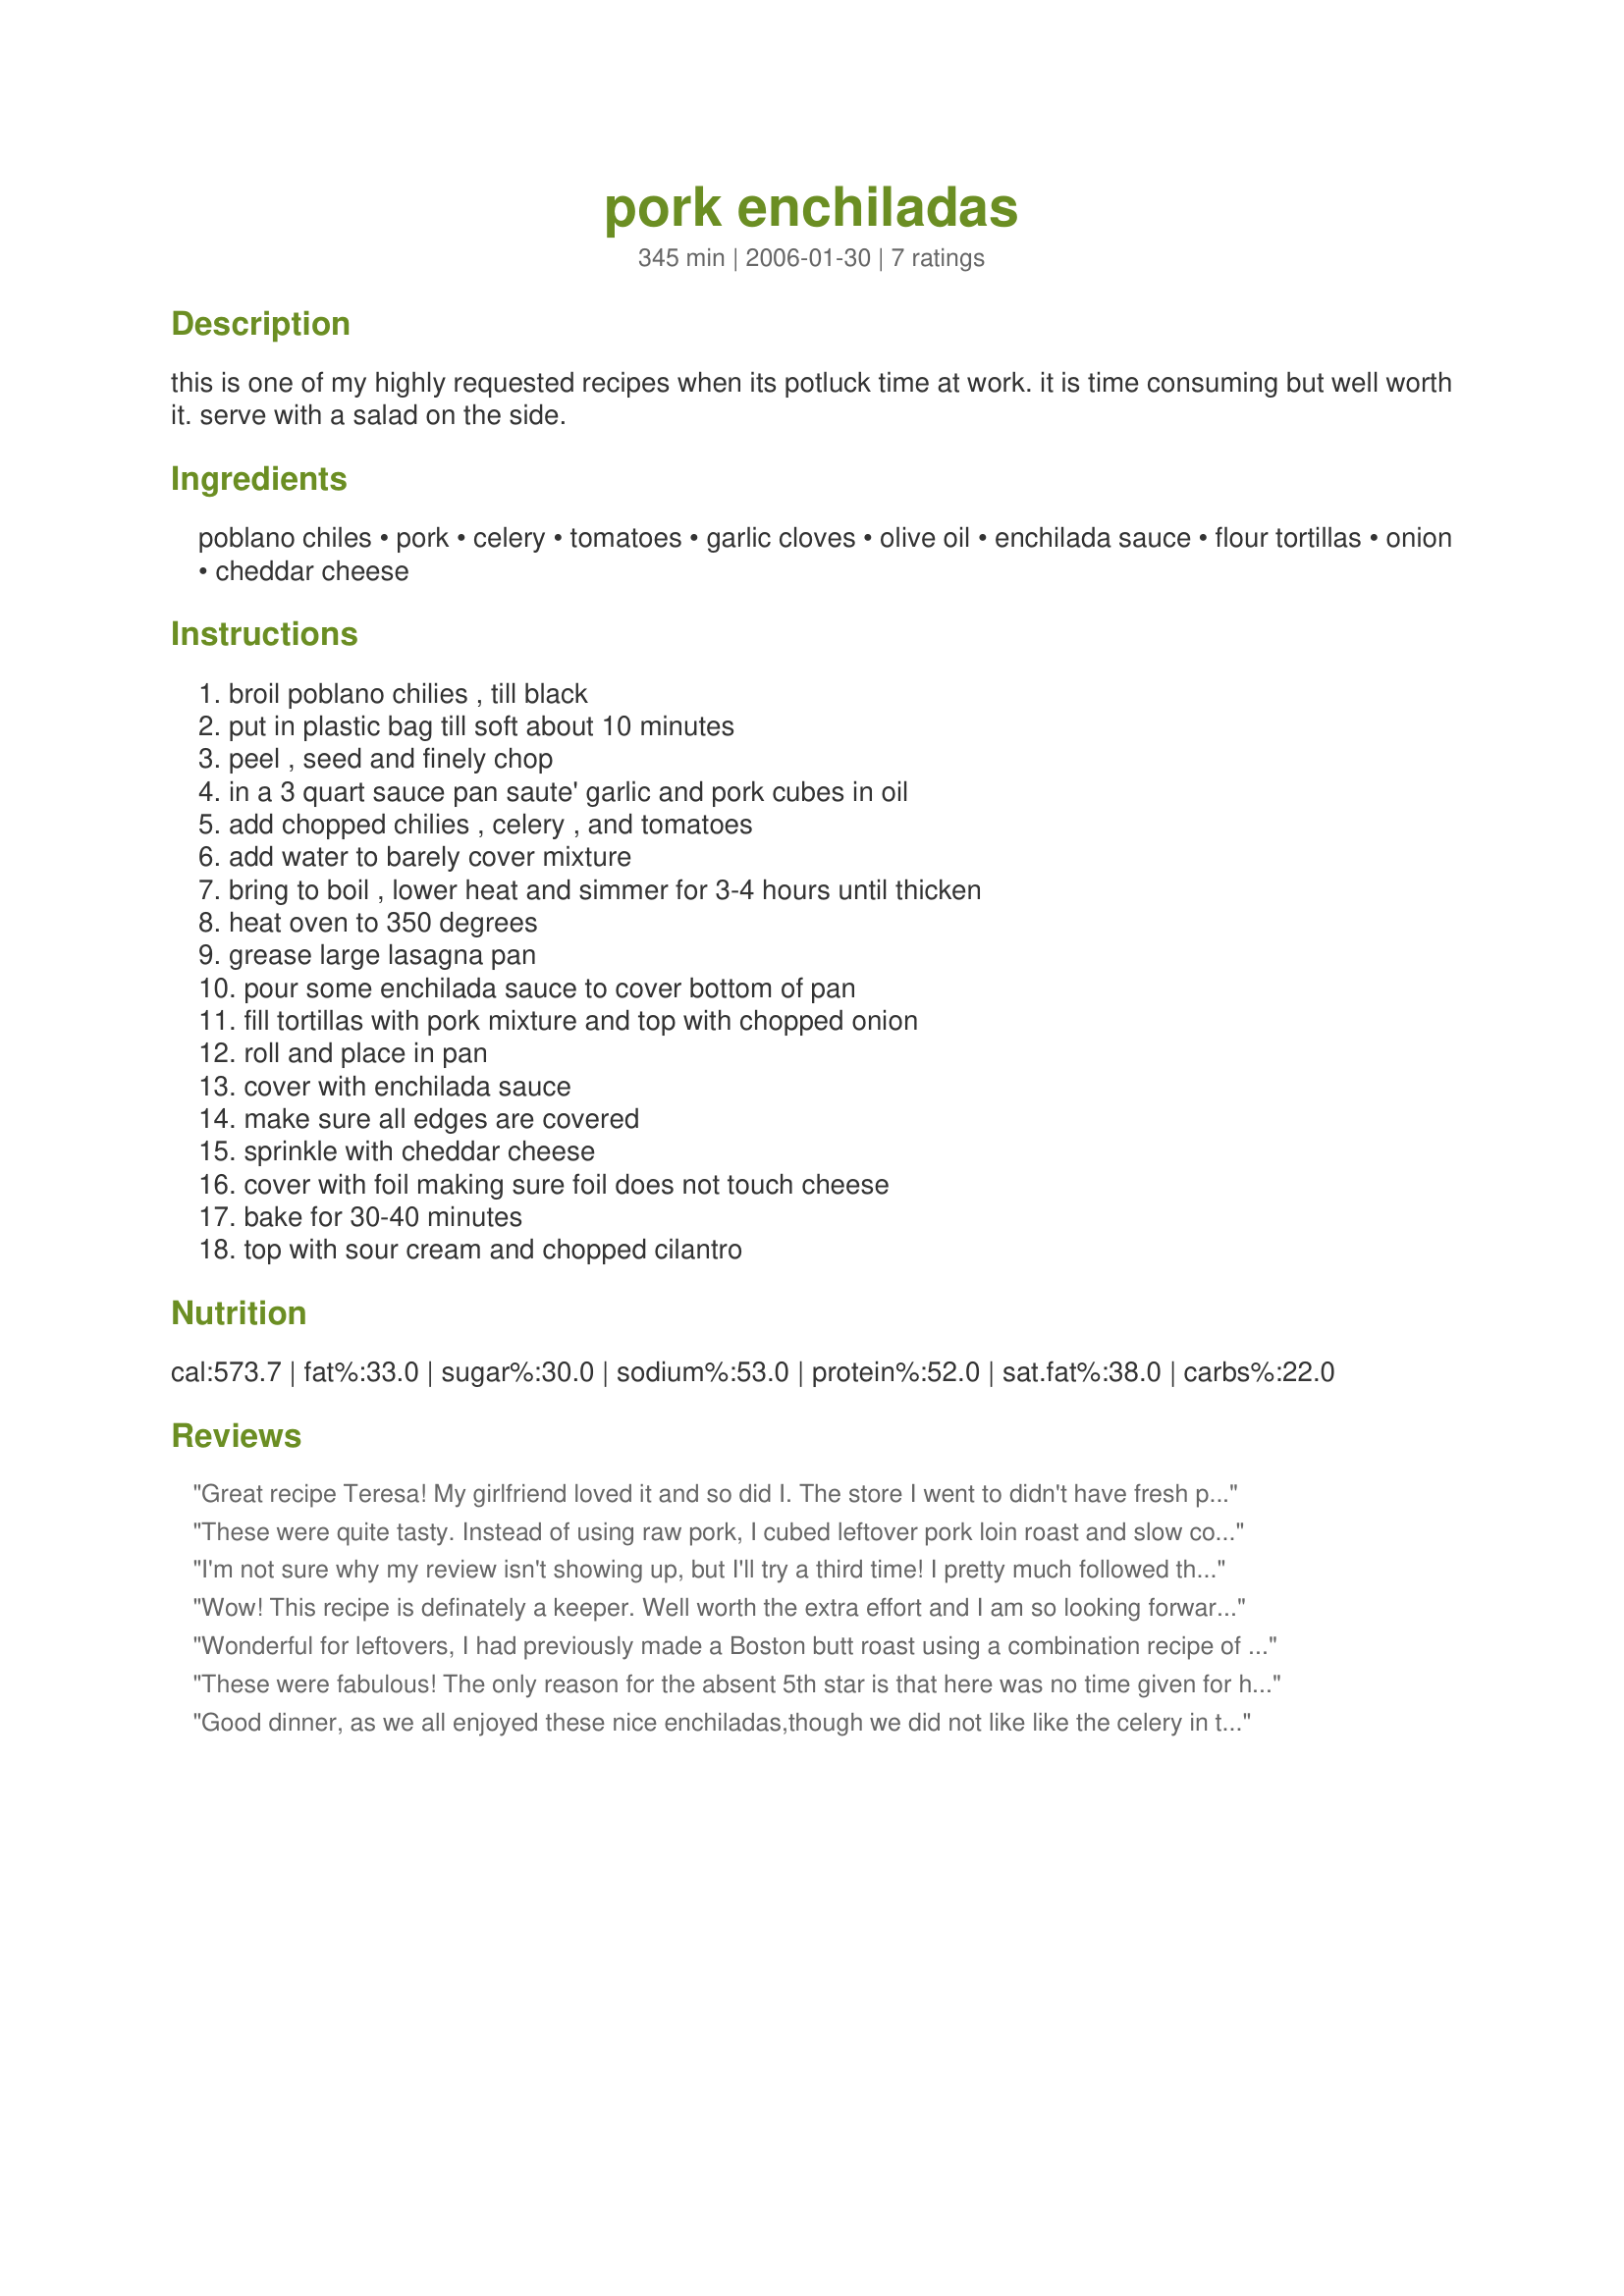
pork enchiladas
Preparation time: 345 minutes

this is one of my highly requested recipes when its potluck time at work. it is time consuming but well worth it. serve with a salad on the side.

Ingredients:
poblano chiles, pork, celery, tomatoes, garlic cloves, olive oil, enchilada sauce, flour tortillas, onion, cheddar cheese

Steps:
broil poblano chilies , till black, put in plastic bag till soft about 10 minutes, peel , seed and finely chop, in a 3 quart sauce pan saute' garlic and pork cubes in oil, add chopped chilies , celery , and tomatoes, add water to barely cover mixture, bring to boil , lower heat and simmer for 3-4 hours until thicken, heat oven to 350 degrees, grease large lasagna pan, pour some enchilada sauce to cover bottom of pan, fill tortillas with pork mixture and top with chopped onion, roll and place in pan, cover with enchilada sauce, make sure all edges are covered, sprinkle with cheddar cheese, cover with foil making sure foil does not touch cheese, bake for 30-40 minutes, top with sour cream and chopped cilantro

Reviews:
Great recipe Teresa! My girlfriend loved it and so did I. The store I went to didn't have fresh poblano chilies, so I used the diced green fire roasted chilies in the can and it worked really well. I will make this one again. The sour cream and cilantro is a MUST finishing touch.
These were quite tasty. Instead of using raw pork, I cubed leftover pork loin roast and slow cooked it in this sauce for 4 hours until it began to fall apart. I used Recipe #42094 for the enchilada sauce. In addition to being a great recipe on it's own, it is also definitely a great way to use up left over pork.
I'm not sure why my review isn't showing up, but I'll try a third time! I pretty much followed the recipe although I did use green chilies instead of the poblano! We have more chicken enchiladas that anything else, but when I have shredded & frozen pork around, I'll do these as well, & your recipe now gives me an additional incentive to make them more often ~ They're wonderfully satisfying! Thanks for sharing the recipe! [Tagged & made in Please Review My Recipe]
Wow! This recipe is definately a keeper. Well worth the extra effort and I am so looking forward to having the leftoevers today. Me and my family all loved it. I made a few small changes . . . used the medium verdi (green) enchilada sauce, the large green chilis because the store did not have poblano chiles and a yellow onion because that is what I had. I can not wait to use this for a dinner party. It is definately worth the 5 Stars. Thanks
Wonderful for leftovers, I had previously made a Boston butt roast using a combination recipe of Kittencal's "Dry Rub for ribs, pork shoulder, and boston butt" and her "Fall-apart Tender slow Roast pork butt" recipes, then froze the leftover pulled pork. This recipe fit the bill for use, although I did make a couple changes. I added 1 4.5 oz can of chopped green chiles, 1 fresh diced jalapeno, substituted tomato sauce for fresh tomato, and added enchilada sauce to the filling mixture as well as the top. Had a very nice flavor, I'm not sure DH even knew he was eating pork! Thank you!
These were fabulous! The only reason for the absent 5th star is that here was no time given for how long to broil the poblano peppers for. They were reallt flavorful and definitely worth the time! Thanks!!
Good dinner, as we all enjoyed these nice enchiladas,though we did not like like the celery in these, hence the 4 stars. Other than that they were good, and did make for a good dinner. The chiles did take the cake with these, and loved the idea of pork in these rather than beef, it was nice to have pork for a change, since we usually prefer beef. Nice and filling too. Made for PRMR Tag.
